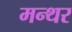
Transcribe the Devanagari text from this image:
मन्थर